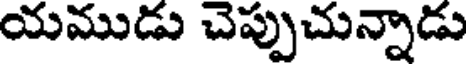
యముడు చెప్పుచున్నాడు